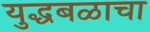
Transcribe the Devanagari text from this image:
युद्धबळाचा